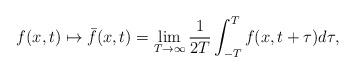
LaTeX: \begin{align*} f(x, t) \mapsto \bar{f}(x, t) = \lim_{T \rightarrow \infty} \frac{1}{2T}\int_{-T}^{T} f(x, t+\tau ) d \tau,\end{align*}